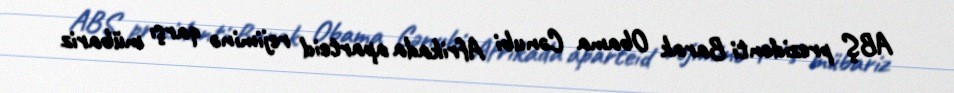
ABŞ prezidenti Barak Obama Cənubi Afrikada aparteid rejiminə qarşı mübariz